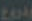
ودروع